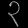
Digit: ၃